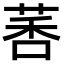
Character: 𫈗